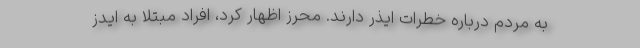
به مردم درباره خطرات ایذر دارند. محرز اظهار کرد، افراد مبتلا به ایدز